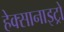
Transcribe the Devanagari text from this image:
हेक्सानाइट्रो